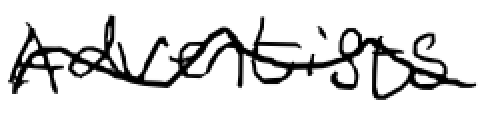
Text: Adventist
Cross-out: mix
Writing tool: digital_black